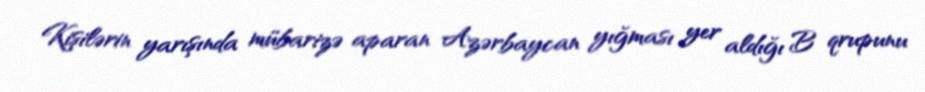
Kişilərin yarışında mübarizə aparan Azərbaycan yığması yer aldığı B qrupunu